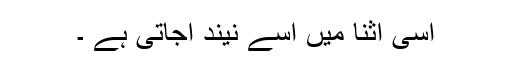
اسی اثنا میں اسے نیند آجاتی ہے ۔